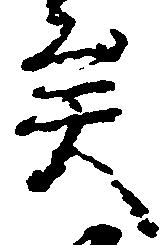
矣